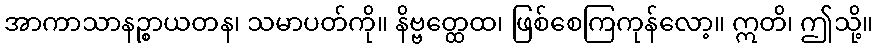
အာကာသာနဉ္စာယတန၊ သမာပတ်ကို။ နိဗ္ဗတ္ထေထ၊ ဖြစ်စေကြကုန်လော့။ ဣတိ၊ ဤသို့။